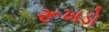
રૂખડો